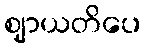
ဈာယတိပေ